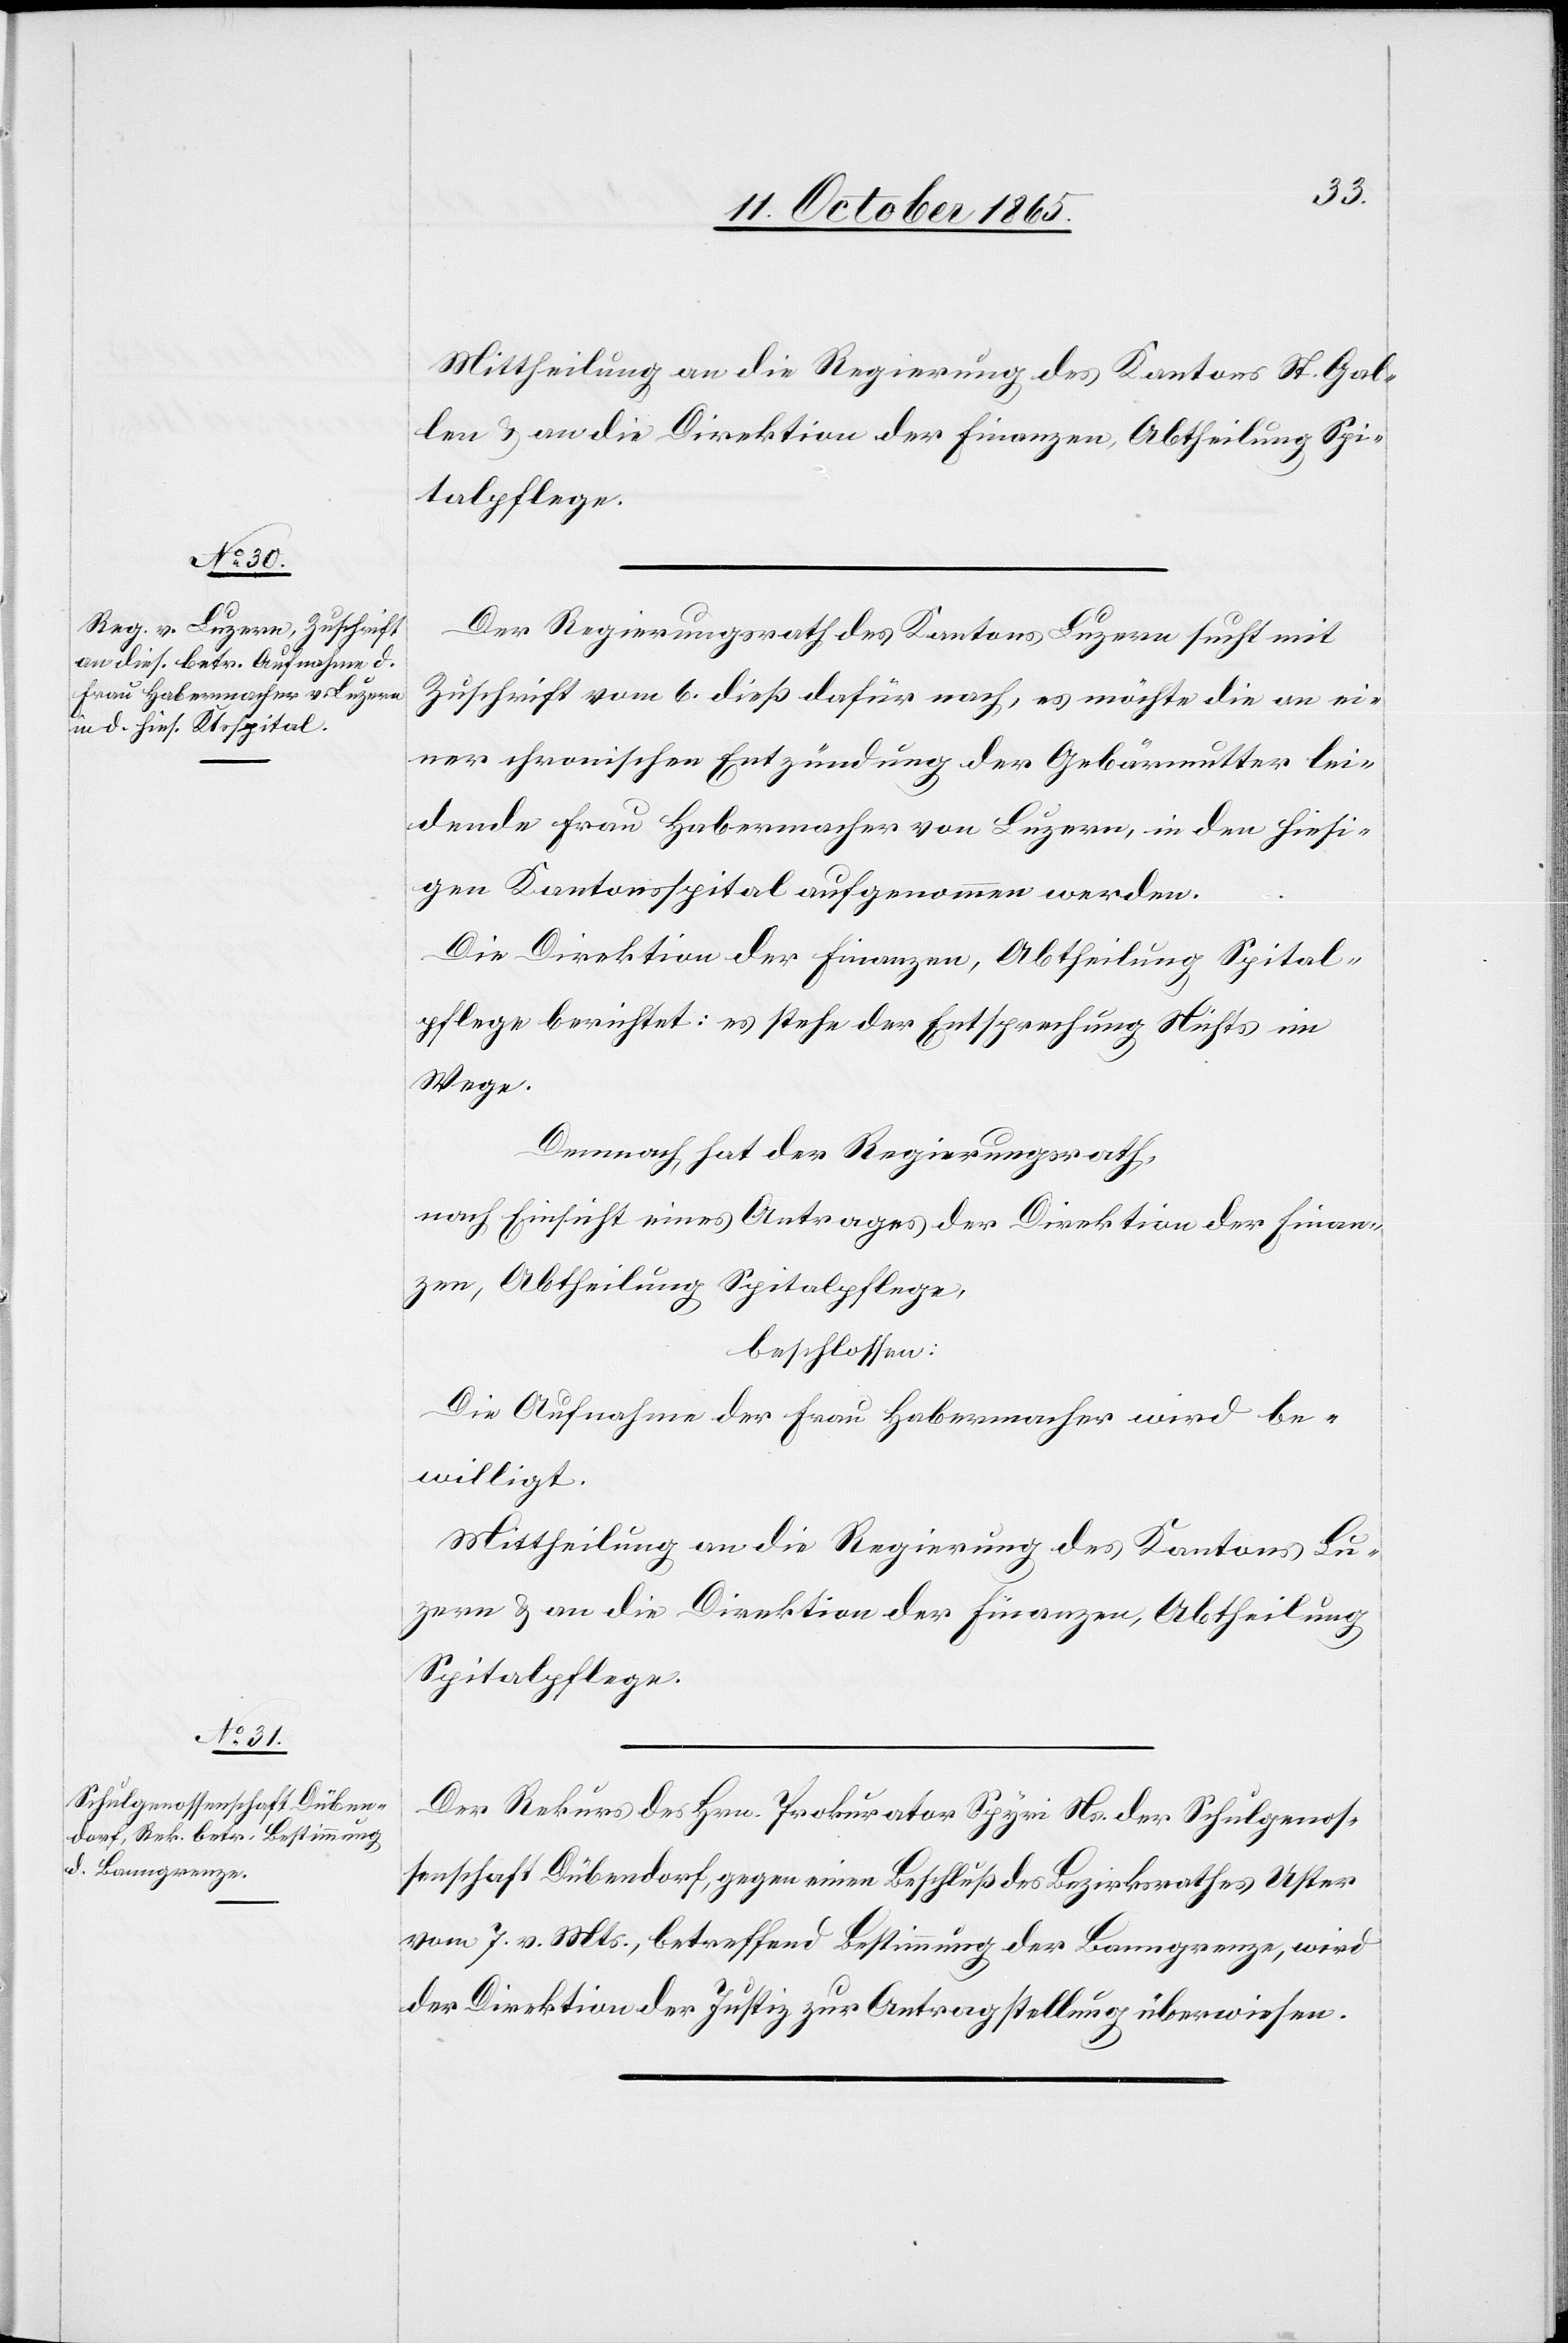
13. October 1865.]
Mittheilung an die Regierung des Kantons St. Gal¬
len & an die Direktion der Finanzen, Abtheilung Spi¬
talpflege.
Der Regierungsrath des Kantons Luzern sucht mit
Zuschrift vom 6. dieß dafür nach, es möchte die an ei¬
ner chronischen Entzündung der Gebärmutter lei¬
dende Frau Habermacher von Luzern, in den hiesi¬
gen Kantonsspital aufgenommen werden.
Die Direktion der Finanzen, Abtheilung Spital¬
pflege berichtet: es stehe der Entsprechung Nichts im
Wege.
Demnach hat der Regierungsrath,
nach Einsicht eines Antrages der Direktion der Finan¬
zen, Abtheilung Spitalpflege,
beschlossen:
Die Aufnahme der Frau Habermacher wird be¬
willigt.
Mittheilung an die Regierung des Kantons Lu¬
zern & an die Direktion der Finanzen, Abtheilung
Spitalpflege.
Der Rekurs des Hrn. Prokurator Spyri Ns. der Schulgenos¬
senschaft Dübendorf, gegen einen Beschluß des Bezirksrathes Uster
vom 7. v. Mts., betreffend Bestimmung der Banngrenze, wird
der Direktion der Justiz zur Antragstellung überwiesen.